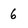
Character: 6